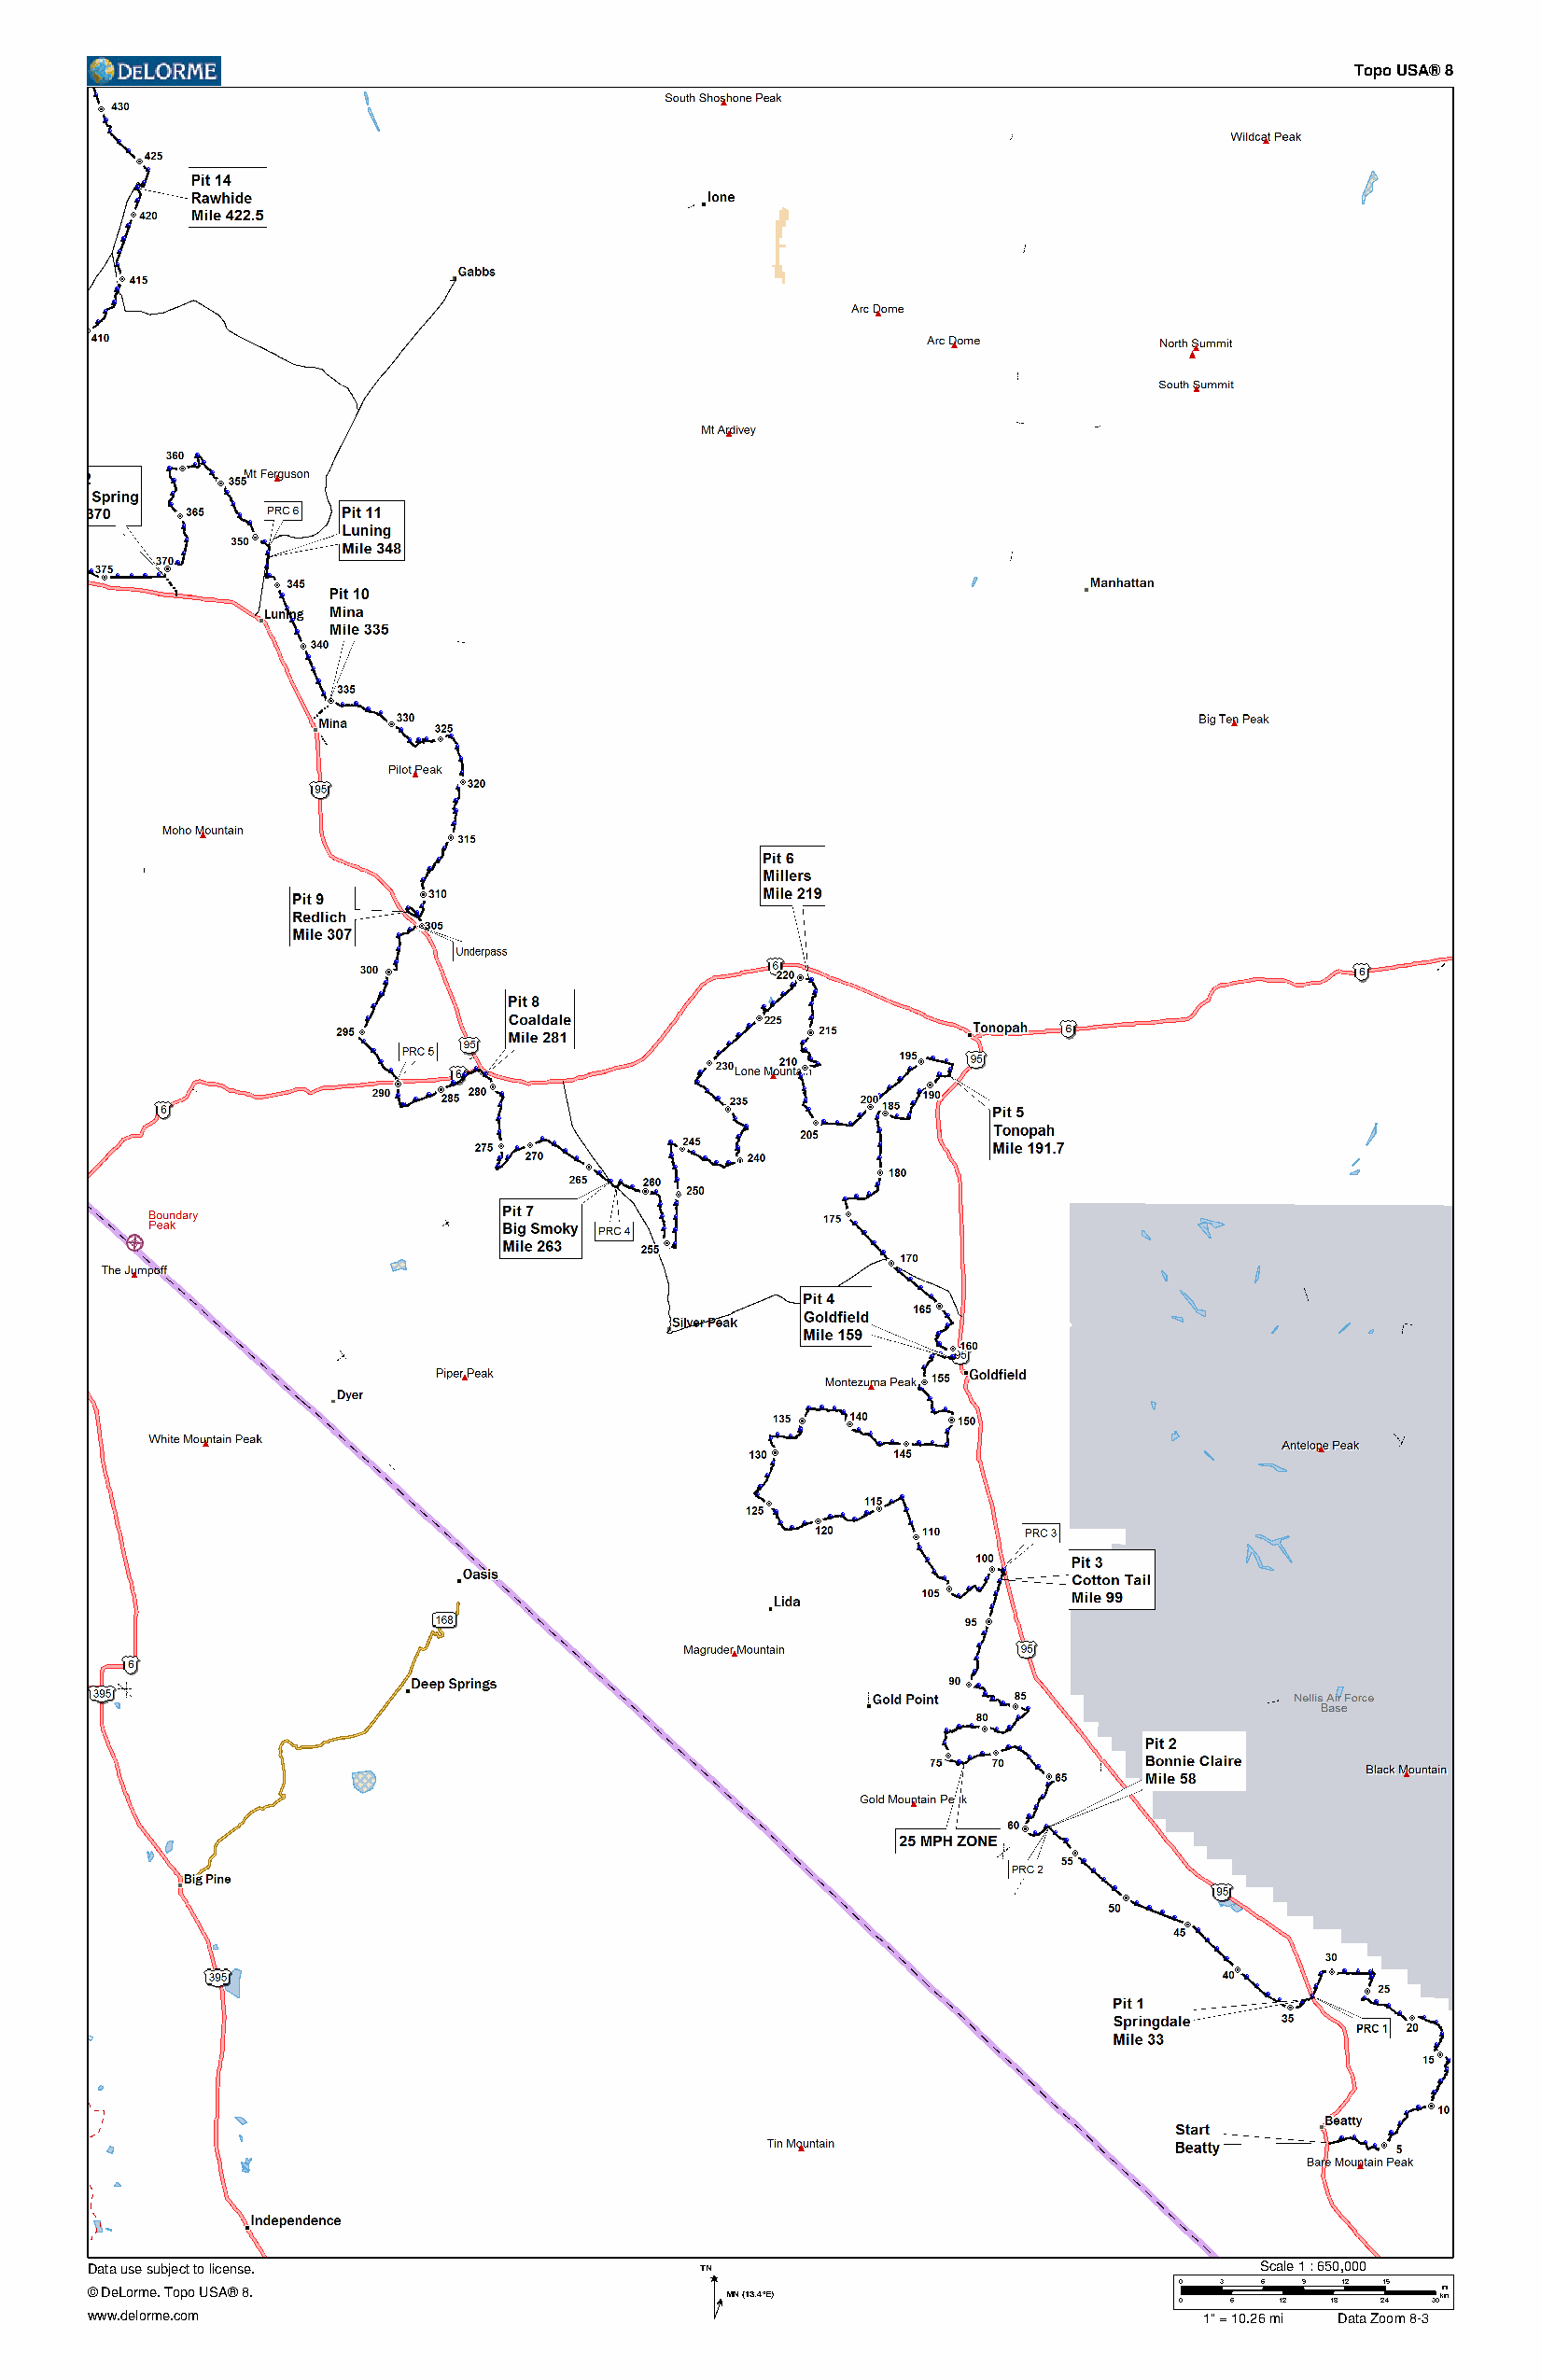
Topo USA® 8
 Data use subject to license.                TN                                     Scale 1 : 650,000
 © DeLorme. Topo USA® 8.                       MN (13.4°E)                     0
 0
 3
 6
 6
 12
 9 1812 21 45 30km mi
 www.delorme.com                                                                1" = 10.26 mi Data Zoom 8-3